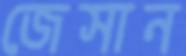
জেসান